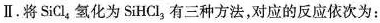
Ⅱ.将SiCl_{4}氢化为SiHCl_{3}有三种方法，对应的反应依次为：